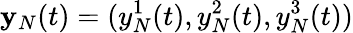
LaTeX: {\mathbf y}_{N}(t)=(y_{N}^{1}(t),y_{N}^{2}(t),y_{N}^{3}(t))